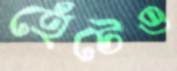
হেঁটেও